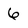
Character: 6